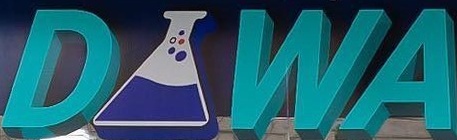
DAWA